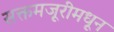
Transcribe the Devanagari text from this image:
सक्तमजूरीमधून